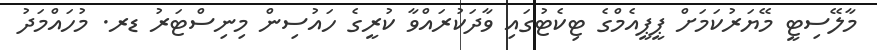
މާލޭސިޓީ މޭޔަރުކަމަށް ޕީޕީއެމްގެ ޓިކެޓުގައި ވާދަކުރައްވާ ކުރީގެ ހައުސިން މިނިސްޓަރު ޑރ. މުހައްމަދު